Indian journal of veterinary science and animal husbandry - Volumes 18-21, 1948-1951
Year: 1948
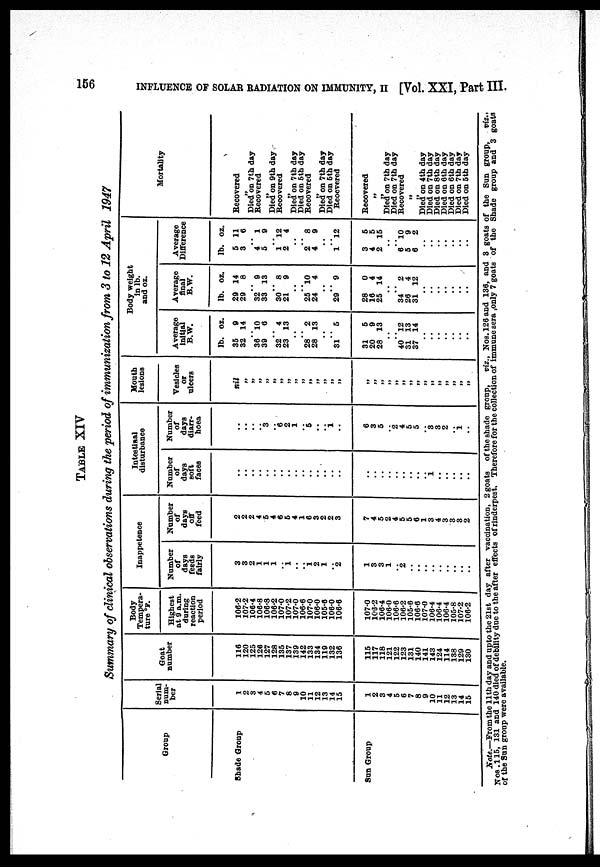
156
INFLUENCE OF SOLAR RADIATION ON IMMUNITY, II [Vol. XXI, Part III.
TABLE XIV
Summary of clinical observations during the period of immunization from 3 to 12 April 1947
Group
Shade Group
Sun Group
Serial
num-
ber
1
2
3
4
5
6
7
8
9
10
11
12
13
14
15
1
2
3
4
5
6
7
8
9
10
11
12
13
14
15
Goat
number
116
120
125
126
127
128
135
137
139
142
133
134
119
132
136
115
117
118
121
122
123
131
140
141
143
124
114
138
129
130
Body
Tempera-
ture ºF.
Highest
at 9 a.m.
during
reaction
period
106.2
107.2
106.4
106.8
106.8
106.2
107.0
107.2
107.0
106.6
107.0
106.0
105.6
106.0
106.6
107.0
103.2
106.4
106.0
106.6
106.2
105.6
106.6
107.0
106.4
106.4
106.4
105.8
107.2
106.2
Inappetence
Number
of
days
feeds
fairly
3
3
2
1
1
1
.. 1
.. .. 1
2
1
.. 2
1
3
3
1
.. 2
..
..
..
..
..
..
..
..
..
Number
of
days
oft.
feed
2
2
2
4
5
4
6
5
4
1
6
3
2
2
3
7
4
5
2
4
5
5
6
1
3
4
3
3
3
2
Intestinal
disturbance
Number
of
days
soft
faces
..
..
..
..
..
..
.. ..
..
..
..
..
..
..
.. ..
..
..
..
..
.. ..
.. ..
.. 1
..
..
..
..
..
Number
of
days
diarr-
hoea
..
..
..
..
.. 3
.. 6
2
1
.. 5
..
.. 1
..
6
3
5
.. 2
4
5
5
.. 3
3
2
.. 1
..
Mouth
lesions
Vesicles
or
ulcers
nil
„
„
„
„
„
„
„
„
„
„
„
„
„
„
„
„
„
„
„
„
„
„
„
„
„
„
„
„
„
Body weight
Average
initial
B.W.
lb.
35
32
.. 36
39
.. 32
23
..
.. 28
28
..
.. 31
31
20
28
..
.. 40
31
37
..
..
..
..
..
..
..
oz.
9
14
.. 10
6
.. 4
13
..
.. 2
13
..
.. 5
5
9
13
..
.. 12
13
14
..
..
..
..
..
..
..
Average
final
B.W.
lb.
29
29
.. 32„
33
..
30
21
..
.. 25
24
..
.. 29„
28
16
25
..
..
34
26
31
..
..
..
..
..
..
..
oz.
14
8
.. 9
13
.. 8
9
..
.. 10
4
..
.. 9
0
4
14
..
.. 2
4
12
..
..
..
..
..
..
..
Average
Difference
lb.
5
3
.. 4
5
..
1
2
..
.. ..
4
..
.. 1
3
4
2
..
.. 6
5
6
..
..
..
..
..
..
..
oz.
11
6
.. 1
9
.. 12
4
..
.. 8
9
..
.. 12
5
5
15
..
.. l0
9
2
..
..
..
..
..
..
..
Mortality
Recovered
„
Died on 7th day
Recovered
„
Died on 9th day
Recovered
„
Died on 7th day
Died on 5th day
Recovered
„
Died on 7th day
Died on 5th day
Reocvered
Recovered
„
„
Died on 7th day
Died on 7th day
Recovered
„
„ Died on 4th day
Died on 7th day
Died on 8th day
Died on 6th day
Died on 6th day
Died on 7th day
Died on 5th day
Note—From the 11th day and upto the 21st day after vaccination, 2 goats of the shade group,
viz., Nos. 126 and 136, and 3 goats of the Sun group,
viz.,
Nos.115, 131 and 140 died of debility due to the after effects of rinderpest. Therefore for the collection of immune sera ,only 7 goats of the Shade group and 3 goats
of the Sun group were available.